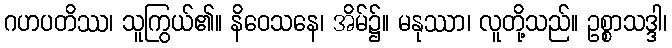
ဂဟပတိဿ၊ သူကြွယ်၏။ နိဝေသနေ၊ အိမ်၌။ မနုဿာ၊ လူတို့သည်။ ဥစ္စာသဒ္ဒါ၊